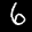
Label: 6